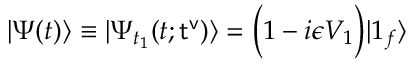
| \Psi ( t ) \rangle \equiv | \Psi _ { t _ { 1 } } ( t ; { \sf t ^ { v } } ) \rangle = \Bigl ( 1 - i \epsilon V _ { 1 } \Bigr ) | { \boldsymbol 1 } _ { f } \rangle